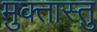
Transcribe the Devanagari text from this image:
मुक्तास्तु